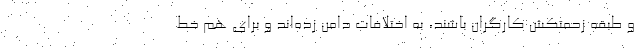
و طبقه زحمتکش کارگران باشند، به اختلافات دامن زده‌اند و برای هم خط